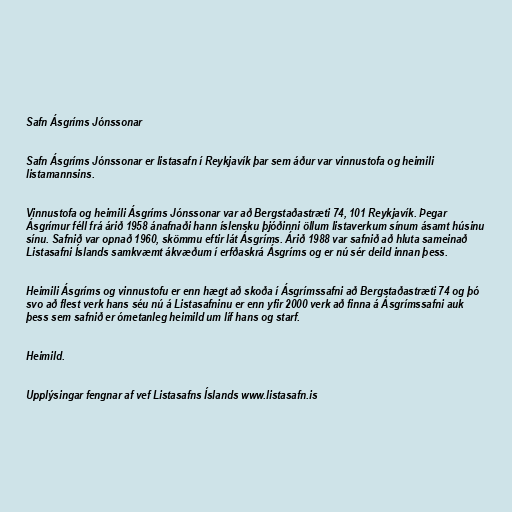
Safn Ásgríms Jónssonar

Safn Ásgríms Jónssonar er listasafn í Reykjavík þar sem áður var vinnustofa og heimili
listamannsins.

Vinnustofa og heimili Ásgríms Jónssonar var að Bergstaðastræti 74, 101 Reykjavík. Þegar
Ásgrímur féll frá árið 1958 ánafnaði hann íslensku þjóðinni öllum listaverkum sínum ásamt húsinu
sínu. Safnið var opnað 1960, skömmu eftir lát Ásgríms. Árið 1988 var safnið að hluta sameinað
Listasafni Íslands samkvæmt ákvæðum í erfðaskrá Ásgríms og er nú sér deild innan þess.

Heimili Ásgríms og vinnustofu er enn hægt að skoða í Ásgrímssafni að Bergstaðastræti 74 og þó
svo að flest verk hans séu nú á Listasafninu er enn yfir 2000 verk að finna á Ásgrímssafni auk
þess sem safnið er ómetanleg heimild um líf hans og starf.

Heimild.

Upplýsingar fengnar af vef Listasafns Íslands www.listasafn.is